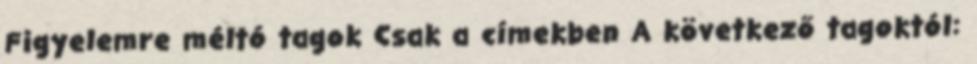
Figyelemre méltó tagok Csak a címekben A következő tagoktól: